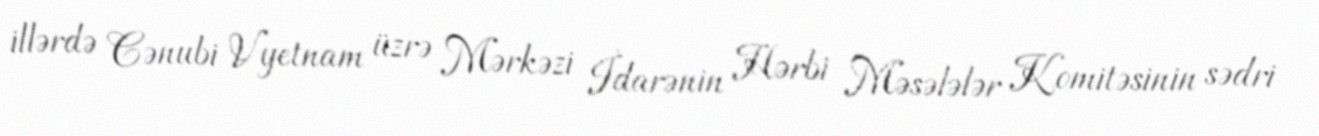
illərdə Cənubi Vyetnam üzrə Mərkəzi İdarənin Hərbi Məsələlər Komitəsinin sədri